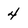
Character: 4